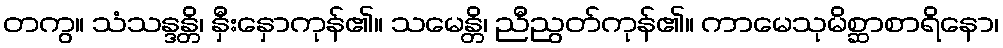
တကွ။ သံသန္ဒန္တိ၊ နှီးနှောကုန်၏။ သမေန္တိ၊ ညီညွတ်ကုန်၏။ ကာမေသုမိစ္ဆာစာရိနော၊